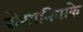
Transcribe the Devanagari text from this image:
रोमानियाके